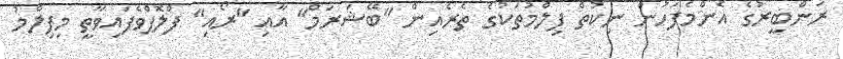
ރަންބީރުގެ އެންމެފަހުން ނިކުތް ފިލްމުތަކުގެ ތެރެއިން "ބޭޝަރަމް" އާއި "ރޯއި" ފްލޮޕްވެފައިވާތީ މިފިލްމު